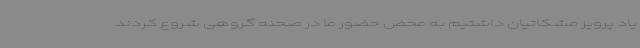
یاد پرویز مشکاتیان داشتیم به محض حضور ما در صحنه گروهی شروع کردند